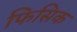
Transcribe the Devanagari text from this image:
फिसिक